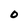
Character: 0